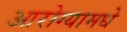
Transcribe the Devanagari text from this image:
आरोग्यामधे